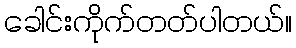
ခေါင်းကိုက်တတ်ပါတယ်။